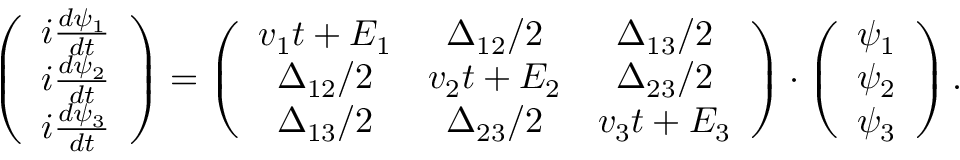
\left( \begin{array} { c } { i \frac { d \psi _ { 1 } } { d t } } \\ { i \frac { d \psi _ { 2 } } { d t } } \\ { i \frac { d \psi _ { 3 } } { d t } } \end{array} \right) = \left( \begin{array} { c c c } { v _ { 1 } t + E _ { 1 } } & { \Delta _ { 1 2 } / 2 } & { \Delta _ { 1 3 } / 2 } \\ { \Delta _ { 1 2 } / 2 } & { v _ { 2 } t + E _ { 2 } } & { \Delta _ { 2 3 } / 2 } \\ { \Delta _ { 1 3 } / 2 } & { \Delta _ { 2 3 } / 2 } & { v _ { 3 } t + E _ { 3 } } \end{array} \right) \cdot \left( \begin{array} { c } { \psi _ { 1 } } \\ { \psi _ { 2 } } \\ { \psi _ { 3 } } \end{array} \right) .